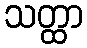
သတ္ထာ